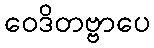
ဝေဒိတဗ္ဗာပေ